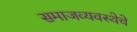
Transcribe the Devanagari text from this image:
समाजव्‍यवस्‍थेचे